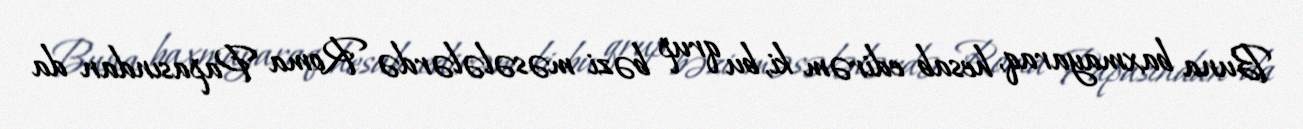
Buna baxmayaraq, hesab edirəm ki, bu qrup bəzi məsələlərdə Roma Papasından da